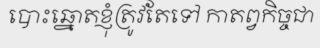
បោះឆ្នោតខ្ញុំត្រូវតែទៅ កាតព្វកិច្ចជា